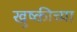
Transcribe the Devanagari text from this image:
खुष्कीच्या